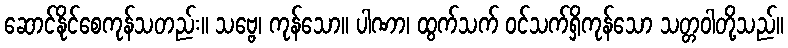
ဆောင်နိုင်စေကုန်သတည်း။ သဗ္ဗေ၊ ကုန်သော။ ပါဏာ၊ ထွက်သက် ဝင်သက်ရှိကုန်သော သတ္တဝါတို့သည်။